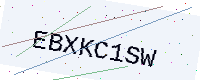
Text: EBXKC1SW